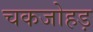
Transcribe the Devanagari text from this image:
चकजोहड़